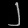
Digit: ၂